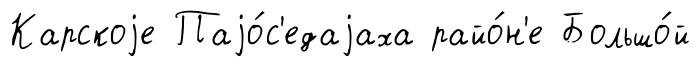
Карскоjе Паjо́с'едаjаха райо́н'е Большо́й